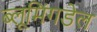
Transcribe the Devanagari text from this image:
ब्लूमिंगडेल